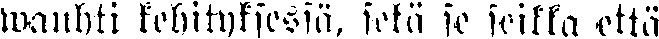
wauhti kehityksessä, sekä se seikka että